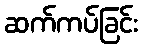
ဆက်ကပ်ခြင်း